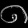
Digit: ၈